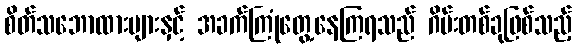
စိတ်သဘောထားများနှင့် အခက်ကြုံတွေ့နေကြရသည် ဂိမ်းတစ်ခုဖြစ်သည့်